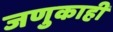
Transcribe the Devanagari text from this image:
जणुकाही